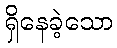
ရှိနေခဲ့သော